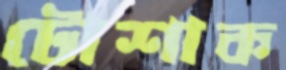
টোশাক